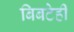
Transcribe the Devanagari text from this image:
बिबटेही